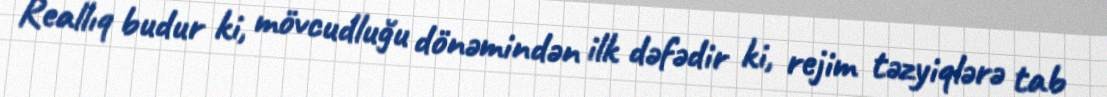
Reallıq budur ki, mövcudluğu dönəmindən ilk dəfədir ki, rejim təzyiqlərə tab